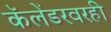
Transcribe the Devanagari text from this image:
कॅलेंडरवरही